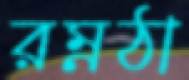
রম্নঠা